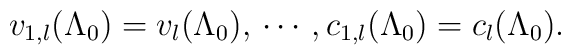
v_{1,l} (\Lambda_0) = v_{l} (\Lambda_0), \, \cdots \, , c_{1,l} (\Lambda_0) = c_{l} (\Lambda_0) .